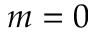
m = 0